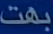
بفت